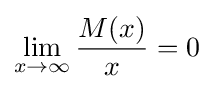
\lim _{x\to \infty }{\frac {M(x)}{x}}=0